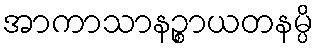
အာကာသာနဉ္စာယတနမ္ပိ